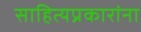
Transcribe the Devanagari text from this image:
साहित्यप्रकारांना